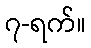
၇-ရက်။